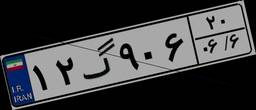
۶۹گ۸۲۸۶۳